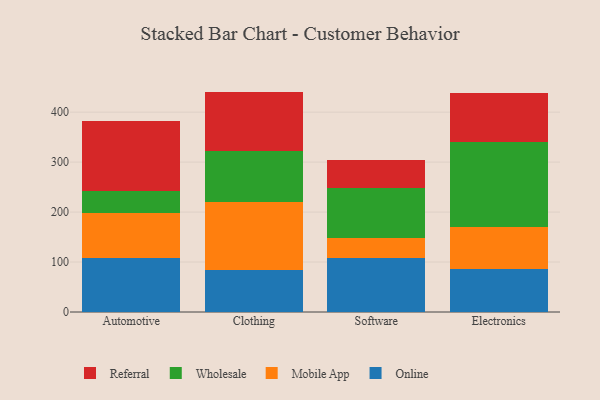
{"axis": {"x": "Category", "y": "Market Share (%)"}, "legend": ["Mobile App", "Online", "Referral", "Wholesale"], "data": [{"x": "Automotive", "y": 108.7, "type": "Online"}, {"x": "Automotive", "y": 90.0, "type": "Mobile App"}, {"x": "Automotive", "y": 42.7, "type": "Wholesale"}, {"x": "Automotive", "y": 140.3, "type": "Referral"}, {"x": "Clothing", "y": 83.9, "type": "Online"}, {"x": "Clothing", "y": 135.3, "type": "Mobile App"}, {"x": "Clothing", "y": 102.1, "type": "Wholesale"}, {"x": "Clothing", "y": 119.8, "type": "Referral"}, {"x": "Software", "y": 107.4, "type": "Online"}, {"x": "Software", "y": 41.3, "type": "Mobile App"}, {"x": "Software", "y": 98.9, "type": "Wholesale"}, {"x": "Software", "y": 57.5, "type": "Referral"}, {"x": "Electronics", "y": 86.4, "type": "Online"}, {"x": "Electronics", "y": 84.2, "type": "Mobile App"}, {"x": "Electronics", "y": 169.1, "type": "Wholesale"}, {"x": "Electronics", "y": 97.8, "type": "Referral"}]}